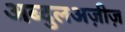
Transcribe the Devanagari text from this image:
अब्दुलअज़ीज़